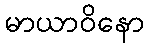
မာယာဝိနော